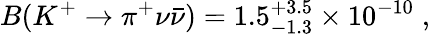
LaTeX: B(K^{+}\to\pi^{+}\nu\bar{\nu})=1.5_{-1.3}^{+3.5}\times 10^{-10}\; ,